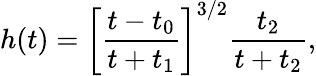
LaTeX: h(t)=\left[\frac{t-t_{0}}{t+t_{1}}\right]^{3/2}\frac{t_{2}}{t+t_{2}},